Annual report of the Imperial Bacteriologist
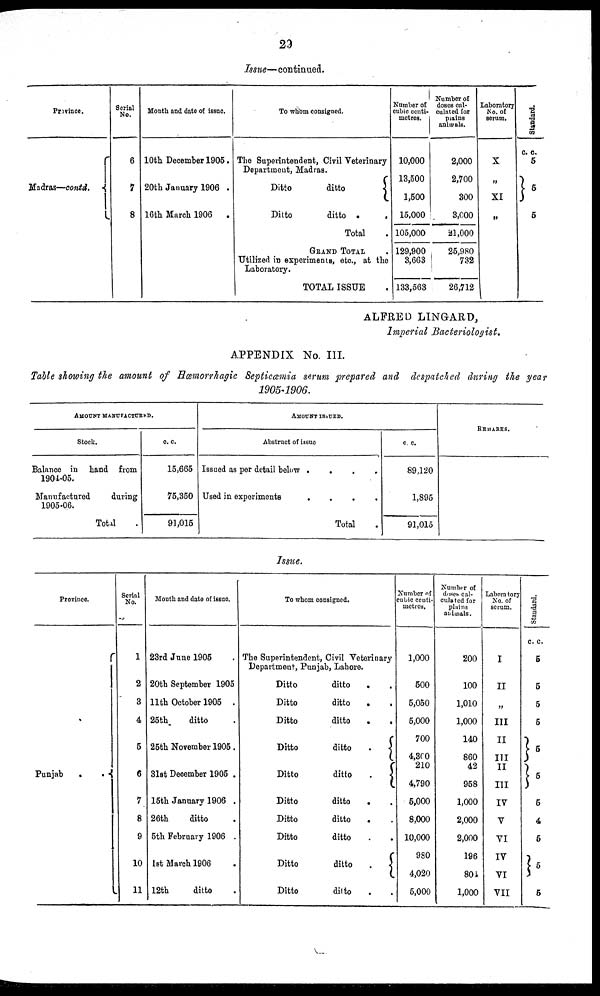
29
Issue— continued.
Province.
Madras—contd. {
Serial
No.
6
7
8
Month and date of issue.
10th December 1905.
20th January 1906 .
16th March 1906 .
To whom consigned.
The Superintendent, Civil Veterinary
Department, Madras.
Ditto
ditto
{
Ditto
ditto
.
.
Total .
GRAND TOTAL
Utilized in experiments, etc., at the
Laboratory.
TOTAL ISSUE .
Number of
cubic centi-
metres.
10,000
13,500
1,500
15,000
105,000
129,900
3,663
133,563
Number of
doses cal-
culated for
plains
animals.
2,000
2,700
300
3,000
21,000
25,980
732
26,712
Laboratory
No. of
serum.
X
„
XI
„
Standard.
c. c.
5
}5
5
ALFRED LINGARD,
Imperial Bacteriologist.
APPENDIX No. III.
Table showing the amount of Hæmorrhagic Septicæmia serum prepared and despatched during the year
1905-1906.
AMOUNT MANUFACTURED.
Stock.
Balance in hand from
1904-05.
Manufactured
during
1905-06.
Total .
c. c.
15,665
75,350
91,015
AMOUNT ISSUED.
Abstract of issue
Issued as per detail below . .
.
.
Used in experiments
.
.
.
Total .
c. c.
89,120
1,895
91,015
REMARKS.
Issue.
Province.
Punjab
. . {
Serial
No.
1
2
3
4
5
6
7
8
9
10
11
Month and date of issue.
23rd June 1905 .
20th September 1905
11th October 1905 .
25th
ditto .
25th November 1905.
31st December 1905 .
15th January 1906 .
26th
ditto .
5th February 1906 .
1st March 1906 .
12th
ditto .
To whom consigned.
The Superintendent, Civil Veterinary
Department, Punjab, Lahore.
Ditto
ditto . .
Ditto
ditto
.
.
Ditto
ditto
.
.
Ditto
ditto
.
{
Ditto
ditto
.
{
Ditto
ditto . .
Ditto
ditto . .
Ditto
ditto
.
.
Ditto
ditto
.
{
Ditto
ditto . .
Number of
cubic centi-
metres.
1,000
500
5,050
5,000
700
4,300
210
4,790
5,000
8,000
10,000
980
4,020
5,000
Number of
doses cal-
culated for
plains
animals.
200
100
1,010
1,000
140
860
42
958
1,000
2,000
2,000
196
804
1,000
Laboratory
No. of
serum.
I
II
„
III
II
III
II
III
IV
V
VI
IV
VI
VII
Standard.
c. c.
5
5
5
5
}5
}5
5
4
5
} 5
5